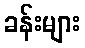
ခန်းများ